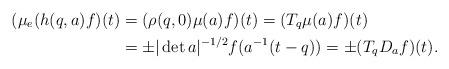
LaTeX: \begin{align*}(\mu_e(h(q,a)f)(t)&=(\rho(q,0)\mu(a)f)(t)=(T_q\mu(a)f)(t)\\&=\pm |\det a|^{-1/2}f(a^{-1}(t-q))=\pm (T_ q D_a f)(t).\end{align*}